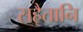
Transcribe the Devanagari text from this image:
सहैतानि